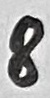
Text: 8